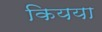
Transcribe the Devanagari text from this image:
कियया